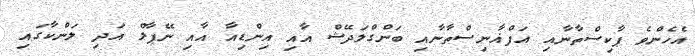
އެހެންވެ ޕާކިސްތާނާއި އަފްޣާނިސްތާނާއި ބަންގްލަދޭޝް އާއި އިންޑިއާ އާއި ނޭޕާލް އަދި ލަންކާގައި